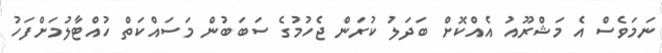
ނަމަވެސް އެ މަޝްރޫއު އެއްކޮށް ބަދަލު ކުރަން ޖެހުމުގެ ސަބަބުން މަސައްކަތް ހުއްޓާލުމަށްފަހު